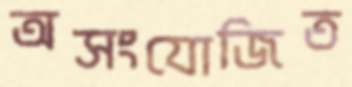
অসংযোজিত